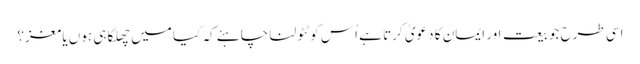
اسی طرح جو بیعت اور ایمان کا دعویٰ کرتا ہے اُس کو ٹٹولنا چاہئے کہ کیا میں چھلکا ہی ہوں یا مغز؟